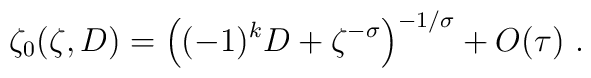
\zeta_0 (\zeta,D) = \left( (-1)^k D +    \zeta^{-\sigma} \right)^{-1/\sigma} + O(\tau)  \ .